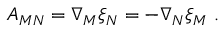
A _ { M N } = \nabla _ { M } \xi _ { N } = - \nabla _ { N } \xi _ { M } ~ .